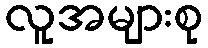
လူအများစု